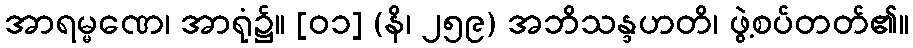
အာရမ္မဏေ၊ အာရုံ၌။ [၀၁] (နိ၊ ၂၅၉) အဘိသန္ဒဟတိ၊ ဖွဲ့စပ်တတ်၏။